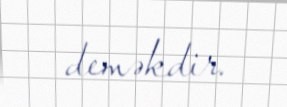
deməkdir.